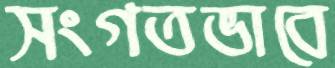
সংগতভাবে